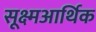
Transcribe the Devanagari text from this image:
सूक्ष्मआर्थिक